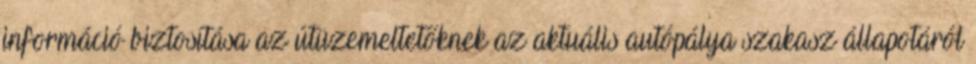
információ biztosítása az útüzemeltetőknek az aktuális autópálya szakasz állapotáról